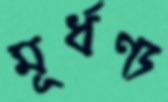
মূর্ধণ্য